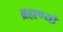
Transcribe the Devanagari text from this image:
ब्रह्मण्यो